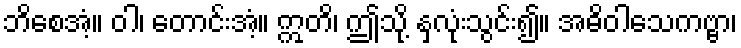
ဘိစေအံ့။ ဝါ၊ တောင်းအံ့။ ဣတိ၊ ဤသို့ နှလုံးသွင်း၍။ အဓိဝါသေကဗ္ဗာ၊